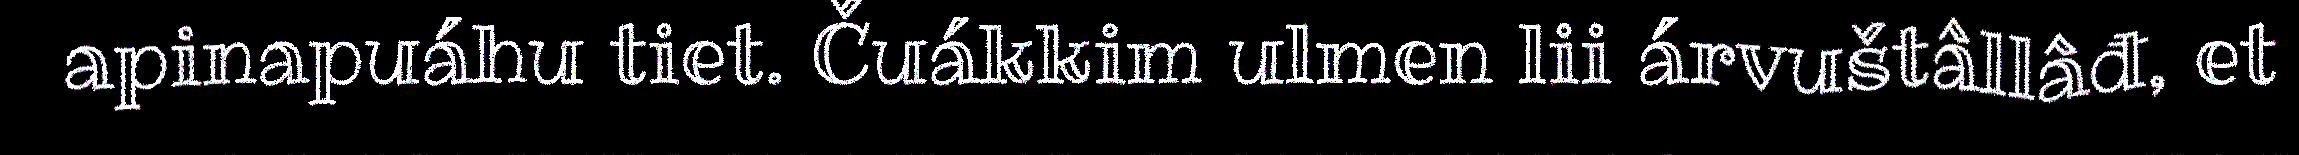
apinapuáhu tiet. Čuákkim ulmen lii árvuštâllâđ, et